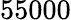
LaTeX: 55000